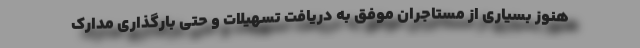
هنوز بسیاری از مستاجران موفق به دریافت تسهیلات و حتی بارگذاری مدارک